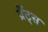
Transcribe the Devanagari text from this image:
ग्रँट्स